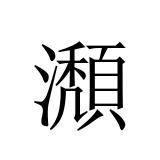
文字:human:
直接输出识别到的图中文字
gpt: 瀩